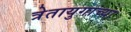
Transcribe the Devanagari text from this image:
त्रेतायुगाच्या